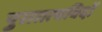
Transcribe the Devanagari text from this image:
पुरातत्‍वविदों